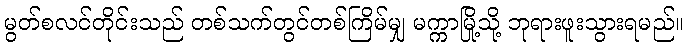
မွတ်စလင်တိုင်းသည် တစ်သက်တွင်တစ်ကြိမ်မျှ မက္ကာမြို့သို့ ဘုရားဖူးသွားရမည်။